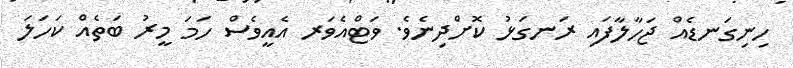
ހިނިގަނޑެއް ޖަހާލާފައި ރަނގަޅު ކޮށްދިނެވެ. ވަޓްއެވަރ އެއީވެސް ހަމަ މީރު ބަތެއް ކަހަލަ